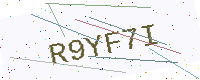
Text: R9YF7I